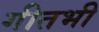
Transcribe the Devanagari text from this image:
गीतभी